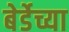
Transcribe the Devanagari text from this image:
बेर्डेच्या